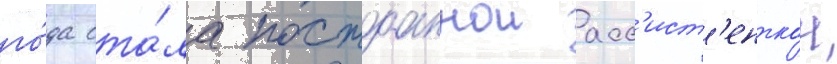
го́да ста́ла постоаннои асс'ист'енткои